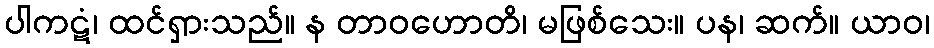
ပါကဋံ၊ ထင်ရှားသည်။ န တာဝဟောတိ၊ မဖြစ်သေး။ ပန၊ ဆက်။ ယာဝ၊